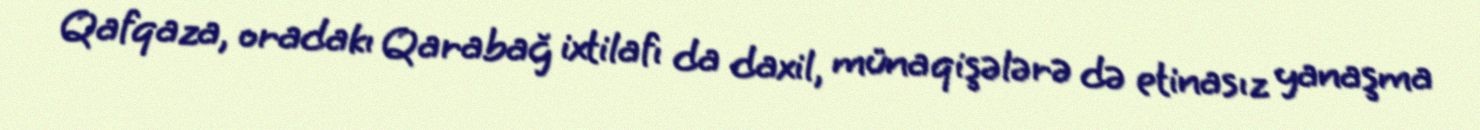
Qafqaza, oradakı Qarabağ ixtilafı da daxil, münaqişələrə də etinasız yanaşma